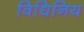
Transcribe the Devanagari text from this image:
विधिनिय